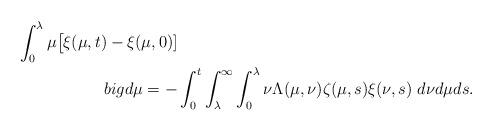
LaTeX: \begin{align*}\int_{0}^{\lambda}\mu\big[\xi(\mu,t)-\xi(\mu,0)]\\big d\mu=-&\int_{0}^{t}\int_{\lambda}^{\infty}\int_{0}^{\lambda}\nu\Lambda(\mu,\nu) \zeta(\mu,s)\xi(\nu,s)\ d\nu d\mu ds.\end{align*}